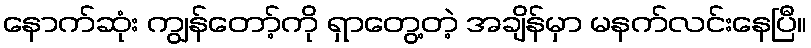
နောက်ဆုံး ကျွန်တော့်ကို ရှာတွေ့တဲ့ အချိန်မှာ မနက်လင်းနေပြီ။